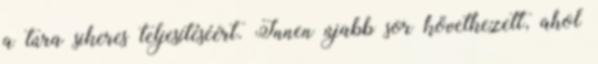
a túra sikeres teljesítéséért. Innen újabb sor következett, ahol